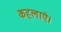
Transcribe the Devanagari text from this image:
कहलाऐ।